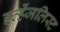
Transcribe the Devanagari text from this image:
इव्हेंजलिस्ट